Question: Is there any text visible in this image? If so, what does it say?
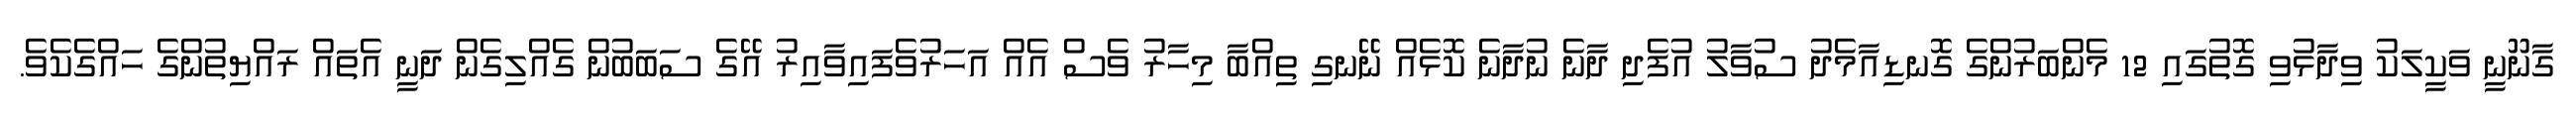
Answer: ގާނޫނީ ވަކީލަކު ވިދާޅުވި ގޮތުގައި 12 މެންބަރުންގެ ގޮނޑިއާމެދު ސުވާލު އުފެދި ދާނެ ނުދާނެ ކޮޅެއް ނޭނގި ތިއްބާ މިހާރު ވެސް އެއް އަހަރުވެފައިވާއިރު އޭގެ ސަބަބުން ގެއްލިގެން ދަނީ އެތައް ރައްޔިތުންގެ ހައްގެކެވެ.